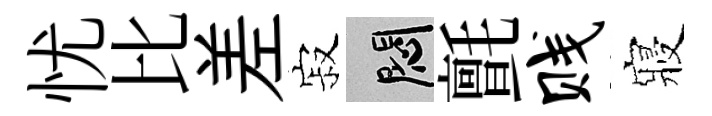
忧比差寂悶氈贱寢